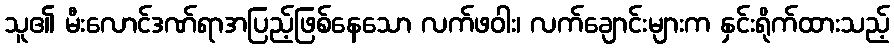
သူ၏ မီးလောင်ဒဏ်ရာအပြည့်ဖြစ်နေသော လက်ဖဝါး၊ လက်ချောင်းများက နှင်းရိုက်ထားသည့်